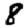
Digit: 8